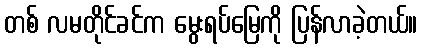
တစ် လမတိုင်ခင်က မွေးရပ်မြေကို ပြန်လာခဲ့တယ်။